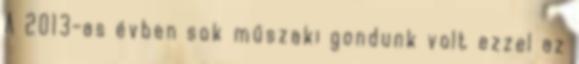
A 2013-as évben sok műszaki gondunk volt ezzel az